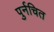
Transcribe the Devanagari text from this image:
पुर्नचित